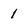
Character: 1